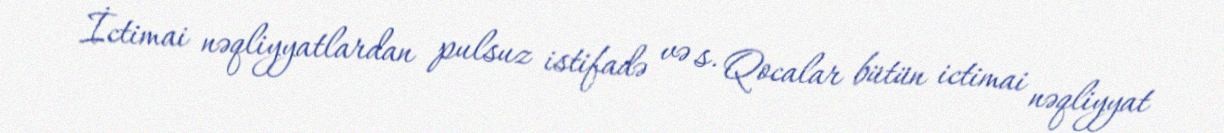
İctimai nəqliyyatlardan pulsuz istifadə və s. Qocalar bütün ictimai nəqliyyat